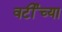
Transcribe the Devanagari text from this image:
वर्टींच्या